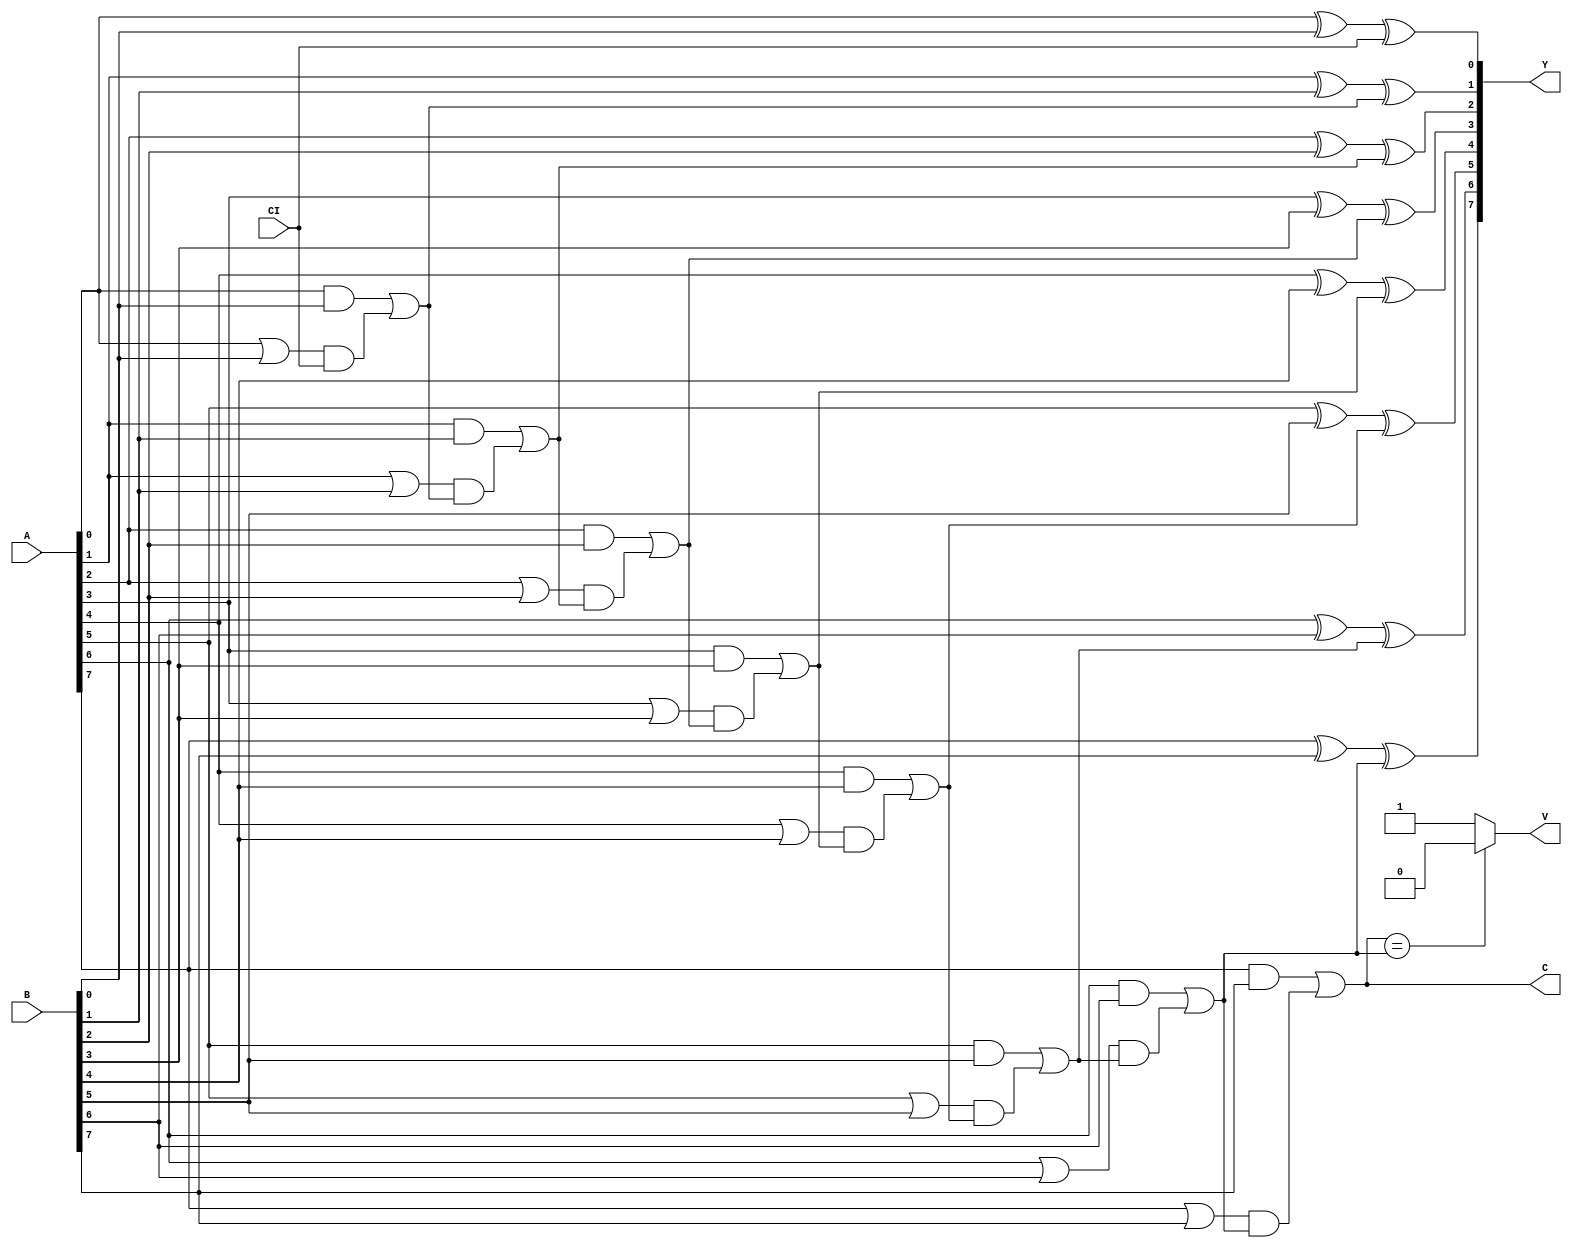
module adder(A, B, CI, Y, C, V);

  // inputs
  input [7:0] A;
  input [7:0] B;
  input CI;
  
  // outputs
  output [7:0] Y; //8 bit output
  output C; //carry out value
  output V; //1 if overflow occurs
  
  wire G0,P0,C0,G1,P1,C1,G2,P2,C2,G3,P3,C3,G4,P4,C4,G5,P5,C5,G6,P6,C6,G7,P7,C7;
  
  assign G0 = A[0]&&B[0];
  assign P0 = A[0]||B[0];
  assign C0 = G0||(P0&&CI);
  assign Y[0] = A[0]^B[0]^CI;
  
  assign G1 = A[1]&&B[1];
  assign P1 = A[1]||B[1];
  assign C1 = G1||(P1&&C0);
  assign Y[1] = A[1]^B[1]^C0;
  
  assign G2 = A[2]&&B[2];
  assign P2 = A[2]||B[2];
  assign C2 = G2||(P2&&C1);
  assign Y[2] = A[2]^B[2]^C1;
  
  assign G3 = A[3]&&B[3];
  assign P3 = A[3]||B[3];
  assign C3 = G3||(P3&&C2);
  assign Y[3] = A[3]^B[3]^C2;
  
  assign G4 = A[4]&&B[4];
  assign P4 = A[4]||B[4];
  assign C4 = G4||(P4&&C3);
  assign Y[4] = A[4]^B[4]^C3;
  
  assign G5 = A[5]&&B[5];
  assign P5 = A[5]||B[5];
  assign C5 = G5||(P5&&C4);
  assign Y[5] = A[5]^B[5]^C4;
  
  assign G6 = A[6]&&B[6];
  assign P6 = A[6]||B[6];
  assign C6 = G6||(P6&&C5);
  assign Y[6] = A[6]^B[6]^C5;
  
  assign G7 = A[7]&&B[7];
  assign P7 = A[7]||B[7];
  assign C7 = G7||(P7&&C6);
  assign Y[7] = A[7]^B[7]^C6;
  
  assign C = C7;
  assign V = (C == C6) ? 0 : 1;
  
endmodule